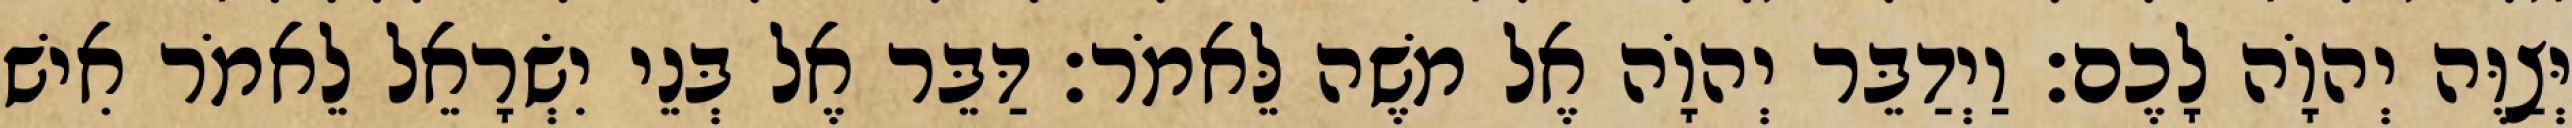
יְּצַוֶּה יְהוָֹה לָכֶם׃ וַיְדַבֵּר יְהוָֹה אֶל משֶׁה לֵּאמֹר׃ דַּבֵּר אֶל בְּנֵי יִשְׂרָאֵל לֵאמֹר אִישׁ